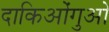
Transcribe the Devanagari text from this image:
दाकिओंगुओ